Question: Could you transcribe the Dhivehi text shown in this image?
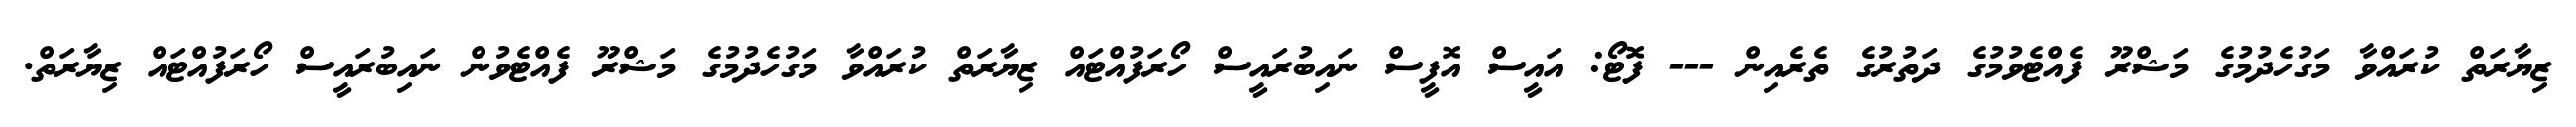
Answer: ޒިޔާރަތް ކުރައްވާ މަގުހެދުމުގެ މަޝްރޫ ފެއްޓެވުމުގެ ދަތުރުގެ ތެރެއިން --- ފޮޓޯ: އައީސް އޮފީސް ނައިބުރައީސް ހޯރަފުއްޓައް ޒިޔާރަތް ކުރައްވާ މަގުހެދުމުގެ މަޝްރޫ ފެއްޓެވުން ނައިބުރައީސް ހޯރަފުއްޓައް ޒިޔާރަތް.